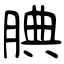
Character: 腆